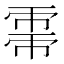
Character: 𢄀